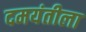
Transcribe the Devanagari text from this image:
दमयंतीला